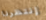
إنتظرنا